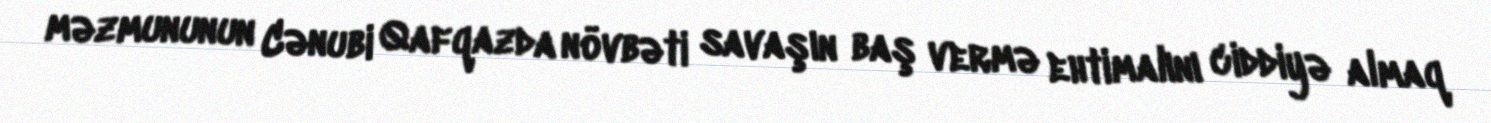
məzmununun Cənubi Qafqazda növbəti savaşın baş vermə ehtimalını ciddiyə almaq